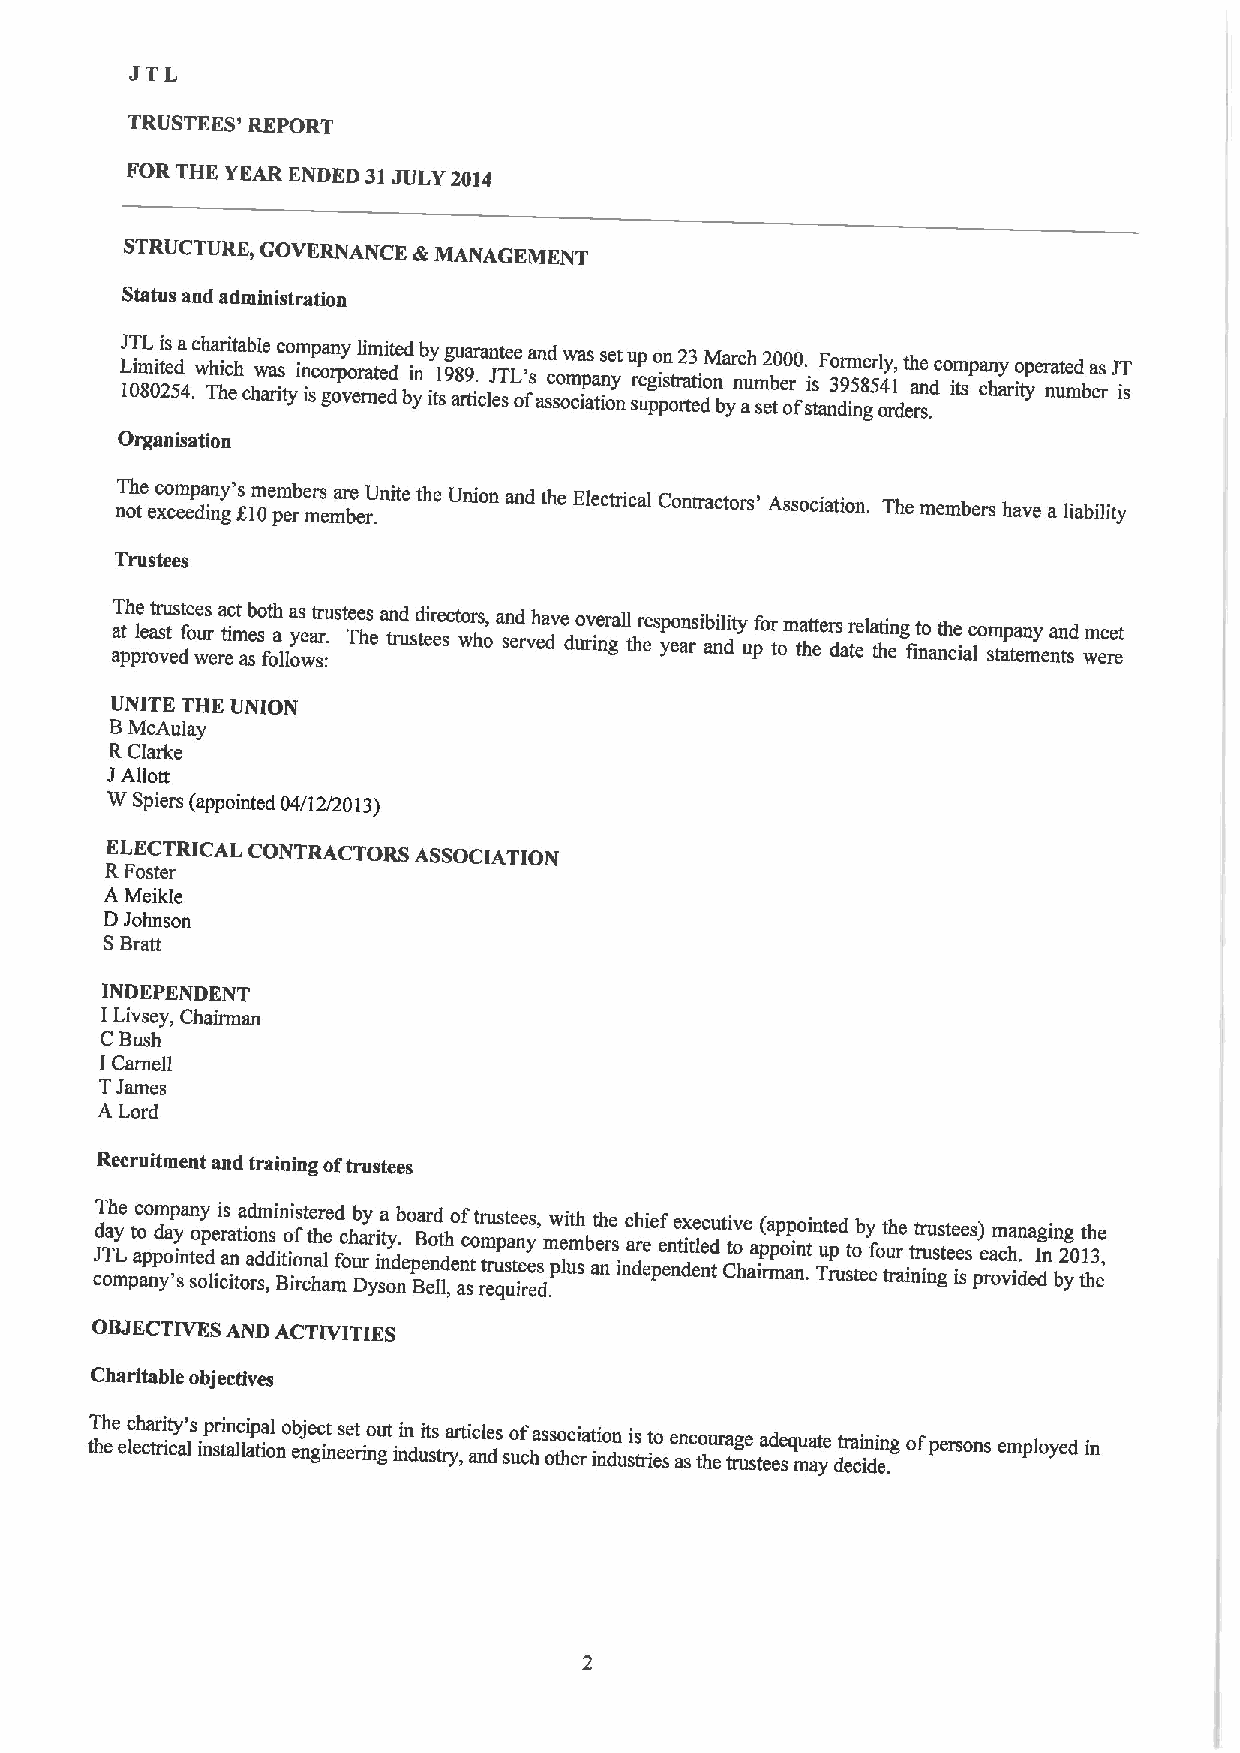
JTL
 TRUSTEES' REPORT
 FOR THK YEAR ENDED 31JULY 2014
 STRUCTURE, GOVERNANCE &MANAGEMENT
 Status and administration
 LJ 1T i 0mL 8i 0ti e 2s d 5a 4.c wh Tha ir hci et hab cl he w aa risc tyom in ip sca o gn r opy vo er ral ni tm e ed dited bi ynb iy t1 sg 9 au 8 ra t9r ia c.n leJte sTe L o' fsa an sd c so ow m cia p as a tin os ye ntu srp e ug po i psn otr ra2 tet3 i donM ba yr nc auh m s2 eb t0 er0 o0 f. sis taF no 3 dr 9 im n5 ge 8r 5ly o4, r1 deth ra se n .dco im tspa cn hy arito yper na ute md bea rs J iT s
 Organisation
 nT oh te ec xo cm eep da in ny g's 81m 0e pm eb rer ms ema bre er.Unite the Union and the Electrical Contractors' Association. The members have a liability
 Trustees
 aaT pth pe l re oat vr su et dst fe oe wus r era etic mt aeb sso ft oh a lloa ys wea st rr :.uste Te hs ea tn rd ustd ei er secto wrs h, o a sn ed rvh ea dve duo rv iner gall thr eesp yo en as rib ail nit dy upfor tom ta htt eers datr eela tt hin eg fit no anth ce ialcom stap ta en my ena tsnd wm ee re et
 UNITE THE UNION
 BMcAulay
 RClarke
 JAliott
 W Spiers (appointed 04/12/2013)
 ELECTRICAL CONTRACTORS ASSOCIATION
 RFoster
 A Meikle
 DJohnson
 SBratt
 INDEPENDENT
 ILivsey, Chairman
 C Bush
 ICarnell
 TJames
 A Lord
 Recruitment and training oftrustees
 cJdT oTah my Le pt a ac o p no pm yd o 'a sp iy na tn e soy d op le ir ci aas in tt oia o rd an sdm ,s di in Btii o os irt f ne catr hh le aed mfc oh ub Da ry r yi i st na y od. nb eo p Bea B nr eod d lt leh ,no t acf sot m rr t eu rup qs st a ue tn iee ry e es, s d.mw pe li umth sbe at rh nse inc a dh r eei pe ef e nn de ti ex t nle e tc duti Ctv o he aa irp( ma pp o ap i nno .tint Tue rpd ust to eb ey fot tuh rr ae intrt ir u nu gss tete e ie s ss) pe roam vca h idn . ea dg Ii nn bg 2 y0 t1t hh 3 ee ,
 OBJECTIVESAND ACTIVITIES
 Charitable objectives
 tT hh ee elc eh ca tr ri it cy a' ls inp sri tn alc li ap tia ol n ob enje gc int es ee rit ngout inin dui st ts rya ,rti ac nle ds so ucf has os to hc ei rati io nn dusi ts riet so e an sco thu era tg re ustea ed sequ ma ate
 y
 dtr ea ci in di en .g ofpersons employed in